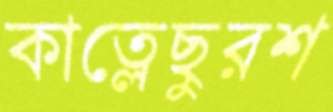
কাত্লেছুরশ